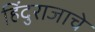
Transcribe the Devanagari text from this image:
हिंदुराजाचे